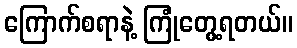
ကြောက်စရာနဲ့ ကြုံတွေ့ရတယ်။